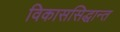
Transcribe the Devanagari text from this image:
विकाससिद्धान्त